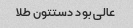
عالی بود دستتون طلا